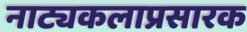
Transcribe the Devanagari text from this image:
नाट्यकलाप्रसारक